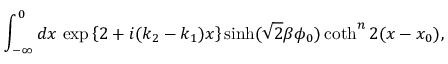
\int _ { - \infty } ^ { 0 } d x \, \exp { \left\{ 2 + i ( k _ { 2 } - k _ { 1 } ) x \right\} } \sinh ( \sqrt { 2 } \beta \phi _ { 0 } ) \coth ^ { n } 2 ( x - x _ { 0 } ) ,